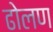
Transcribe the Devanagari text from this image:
ढोलण